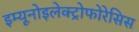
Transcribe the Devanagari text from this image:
इम्यूनोइलेक्ट्रोफोरेसिस